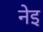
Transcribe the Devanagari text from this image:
नेइ